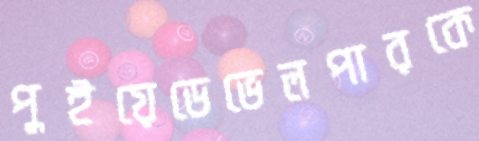
পুইয়েডেভেলপারকে